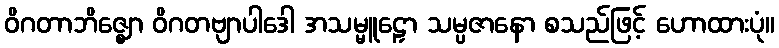
ဝိဂတာဘိဇ္ဈော ဝိဂတဗျာပါဒေါ အသမ္မူဠှော သမ္ပဇာနော စသည်ဖြင့် ဟောထားပုံ။